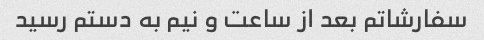
سفارشاتم بعد از ساعت و نیم به دستم رسید